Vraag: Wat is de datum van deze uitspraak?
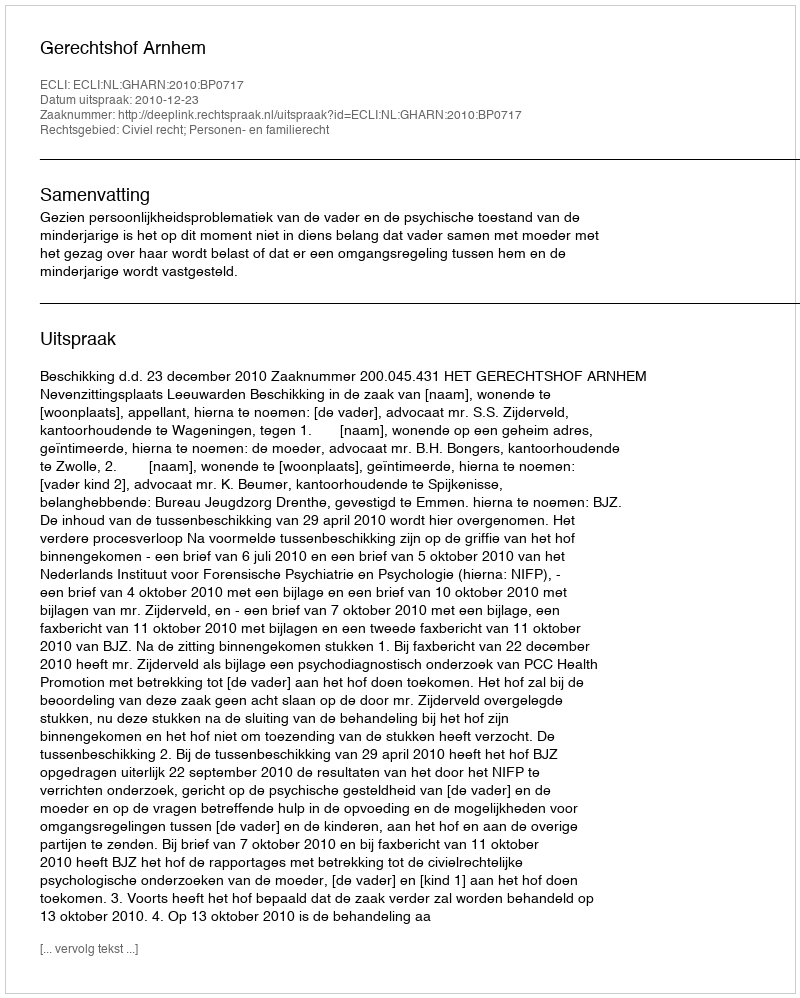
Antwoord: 2010-12-23